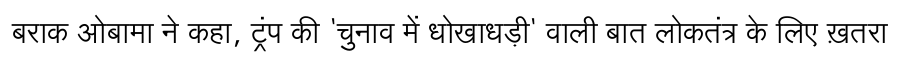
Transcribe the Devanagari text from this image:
बराक ओबामा ने कहा, ट्रंप की 'चुनाव में धोखाधड़ी' वाली बात लोकतंत्र के लिए ख़तरा